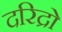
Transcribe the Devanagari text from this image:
दरिद्रो